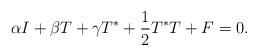
LaTeX: \begin{align*}\alpha I + \beta T + \gamma T^* + \frac{1}{2} T^* T + F = 0.\end{align*}